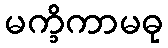
မက္ခိကာမဓု